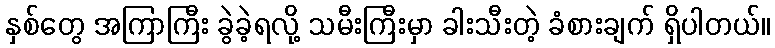
နှစ်တွေ အကြာကြီး ခွဲခဲ့ရလို့ သမီးကြီးမှာ ခါးသီးတဲ့ ခံစားချက် ရှိပါတယ်။